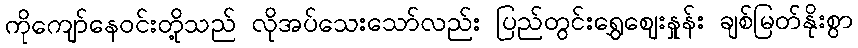
ကိုကျော်နေဝင်းတို့သည် လိုအပ်သေးသော်လည်း ပြည်တွင်းရွှေဈေးနှုန်း ချစ်မြတ်နိုးစွာ